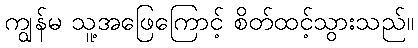
ကျွန်မ သူ့အဖြေကြောင့် စိတ်ထင့်သွားသည်။